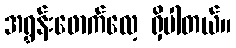
အရွှန်းဖောက်လေ့ ရှိပါတယ်။